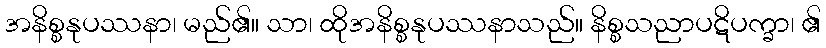
အနိစ္စနုပဿနာ၊ မည်၏။ သာ၊ ထိုအနိစ္စနုပဿနာသည်။ နိစ္စသညာပဋိပက္ခာ၊ ၏